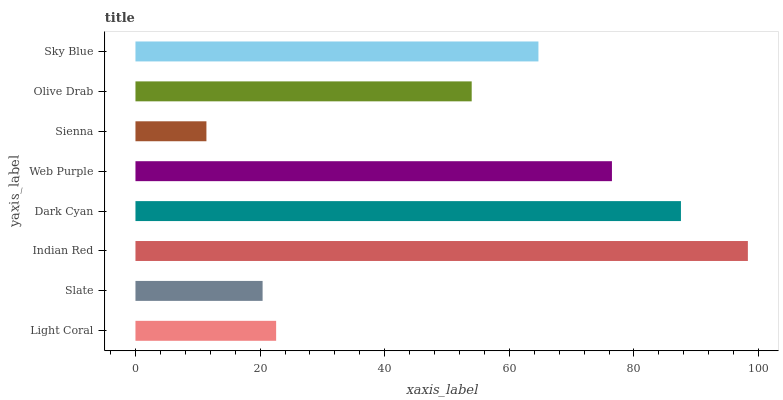
| yaxis_label | bars |
 | --- | --- |
 | Light Coral | 22.6 |
 | Slate | 20.4 |
 | Indian Red | 98.3 |
 | Dark Cyan | 87.5 |
 | Web Purple | 76.5 |
 | Sienna | 11.4 |
 | Olive Drab | 54 |
 | Sky Blue | 64.7 |